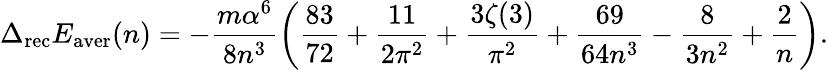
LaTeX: \Delta_{\mathrm{rec}}E_{\mathrm{aver}}(n)=-\frac{m\alpha^{6}}{8n^{3}}\left(\frac{83}{72}+\frac{11}{2\pi^{2}}+\frac{3\zeta(3)}{\pi^{2}}+\frac{69}{64n^{3}}-\frac{8}{3n^{2}}+\frac{2}{n}\right).